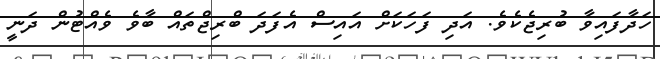
ހަދާފައިވާ ބުރިޖެކެވެ. އަދި ފަހަކަށް އައިސް އެފަދަ ބްރިޖްތައް ބާވެ ވެއްޓުން ދަނީ